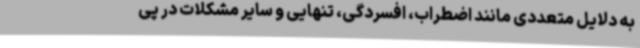
به دلایل متعددی مانند اضطراب، افسردگی، تنهایی و سایر مشکلات در پی